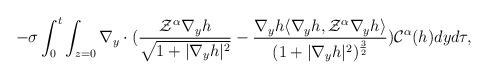
LaTeX: \begin{align*}-\sigma\int_{0}^{t}\int_{z=0}\nabla_y\cdot(\frac{\mathcal{Z}^\alpha \nabla_yh}{\sqrt{1+|\nabla_yh|^2}}-\frac{\nabla_yh\langle\nabla_yh,\mathcal{Z}^\alpha \nabla_yh\rangle}{(1+|\nabla_yh|^2)^\frac{3}{2}})\mathcal{C}^\alpha(h)dyd\tau,\end{align*}